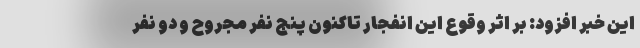
این خبر افزود: بر اثر وقوع این انفجار تاکنون پنج نفر مجروح و دو نفر